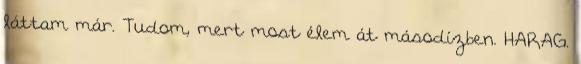
láttam már. Tudom, mert most élem át másodízben. HARAG.